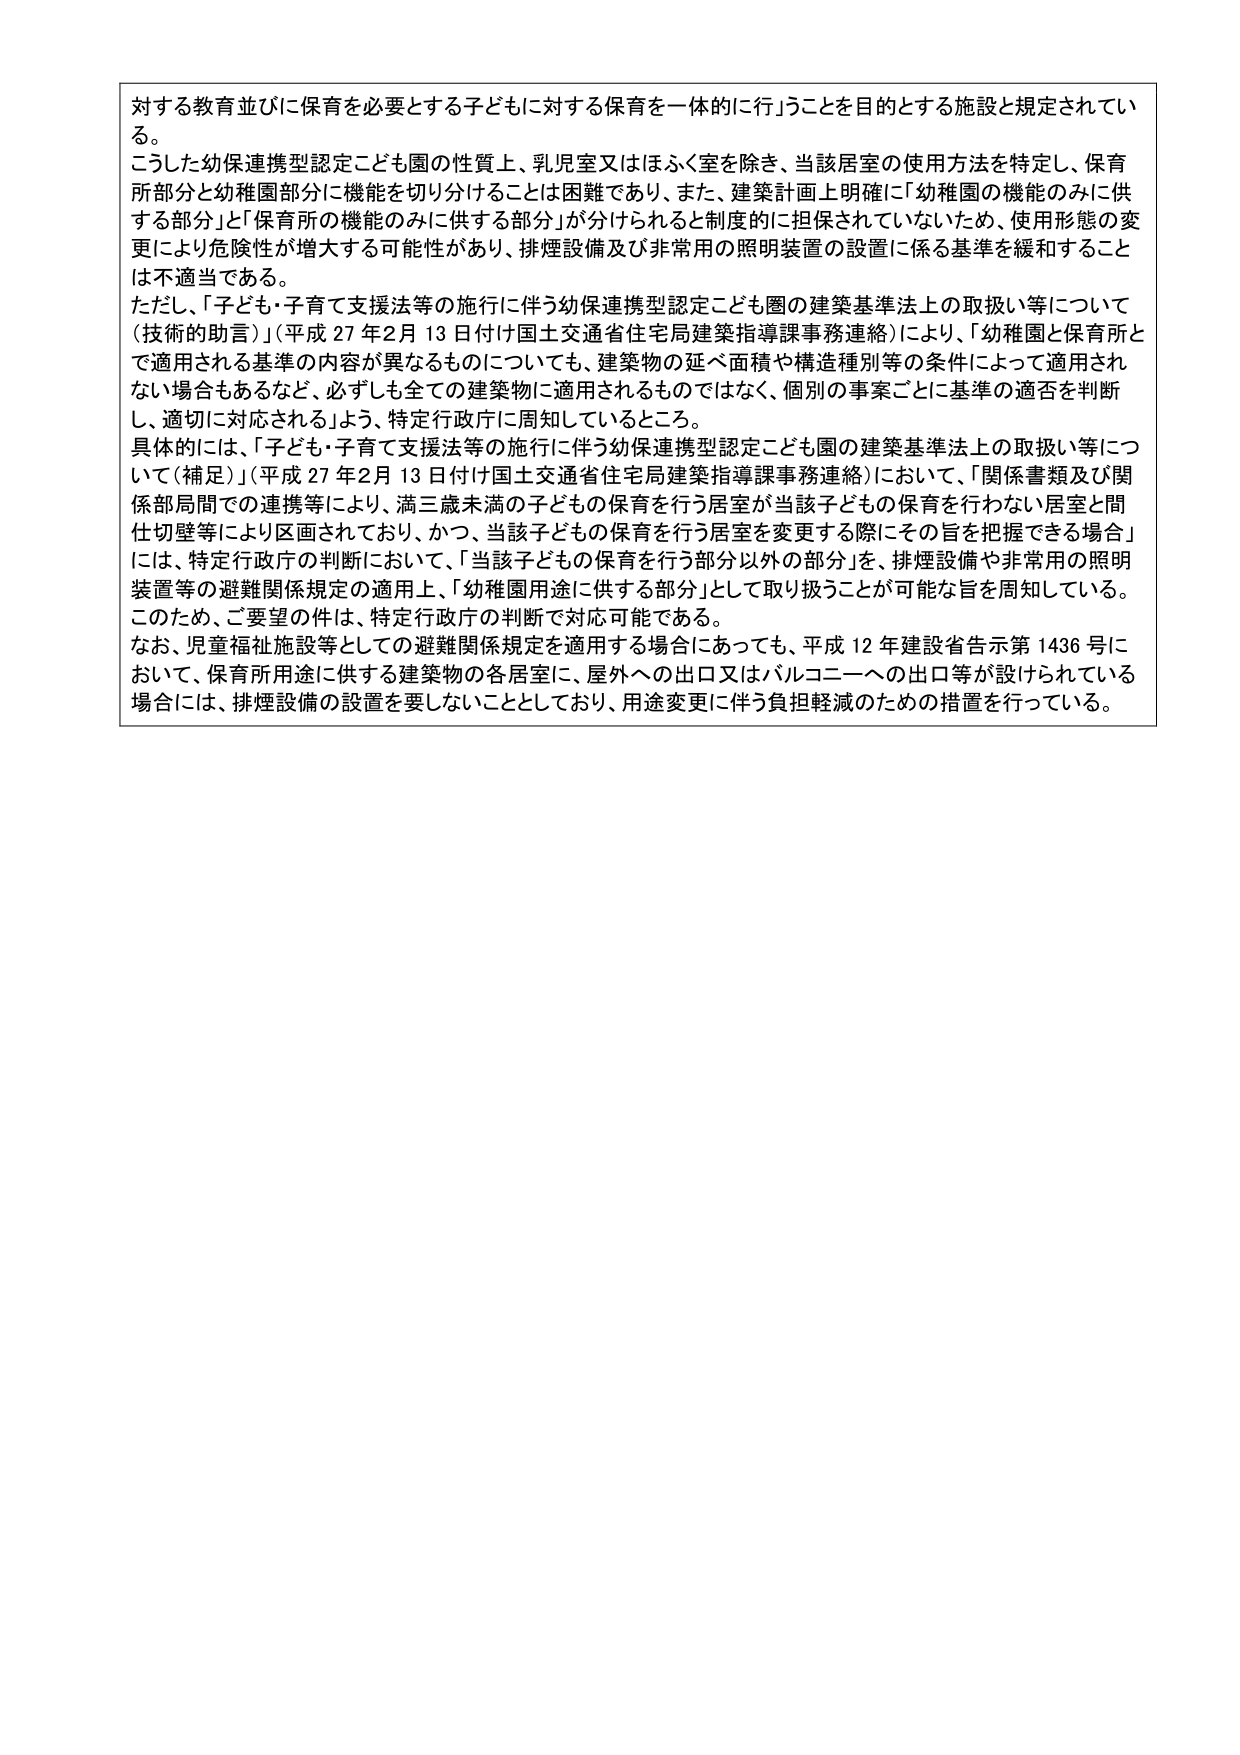
対する教育並びに保育を必要とする子どもに対する保育を一体的に行うことを目的とする施設と規定されている。
こうした幼保連携型認定こども園の性質上、乳児室又はほふく室を除き、当該居室の使用方法を特定し、保育所部分と幼稚園部分に機能を切り分けることは困難であり、また、建築計画上明確に「幼稚園の機能のみに供する部分」と「保育所の機能のみに供する部分」が分けられると制度的に担保されていないため、使用形態の変更により危険性が増大する可能性があり、排煙設備及び非常用の照明装置の設置に係る基準を緩和することは不適当である。
ただし、「子ども・子育て支援法等の施行に伴う幼保連携型認定こども園の建築基準法上の取扱い等について（技術的助言）」（平成27年2月13日付け国土交通省住宅局建築指導課事務連絡）により、「幼稚園と保育所とで適用される基準の内容が異なるものについても、建築物の延べ面積や構造種別等の条件によって適用されない場合もあるなど、必ずしも全ての建築物に適用されるものではなく、個別の事案ごとに基準の適否を判断し、適切に対応される」よう、特定行政庁に周知しているところ。
具体的には、「子ども・子育て支援法等の施行に伴う幼保連携型認定こども園の建築基準法上の取扱い等について（補足）」（平成27年2月13日付け国土交通省住宅局建築指導課事務連絡）において、「関係書類及び関係部局間での連携等により、満三歳未満の子どもの保育を行う居室が当該子どもの保育を行わない居室と間仕切壁等により区画されており、かつ、当該子どもの保育を行う居室を変更する際にその旨を把握できる場合」には、特定行政庁の判断において、「当該子どもの保育を行う部分以外の部分」を、排煙設備や非常用の照明装置等の避難関係規定の適用上、「幼稚園用途に供する部分」として取り扱うことが可能な旨を周知している。
このため、ご要望の件は、特定行政庁の判断で対応可能である。
なお、児童福祉施設等としての避難関係規定を適用する場合にあっても、平成12年建設省告示第1436号において、保育所用途に供する建築物の各居室に、屋外への出口又はバルコニーへの出口等が設けられている場合には、排煙設備の設置を要しないこととしており、用途変更に伴う負担軽減のための措置を行っている。